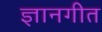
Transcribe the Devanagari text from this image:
ज्ञानगीत